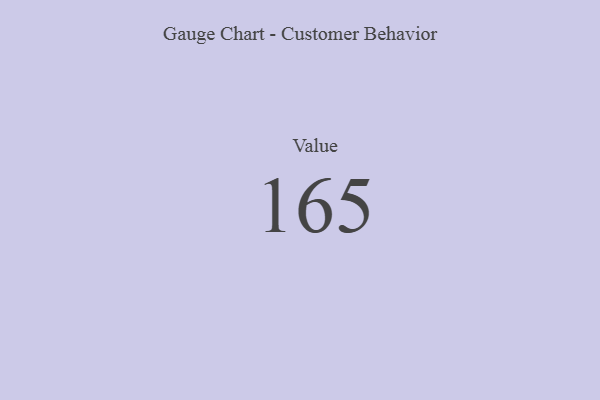
{"axis": {"x": "Metric", "y": "Value"}, "legend": [""], "data": [{"x": "Value", "y": 165, "type": ""}]}